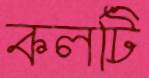
কলটি